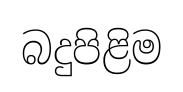
බදුපිළිම